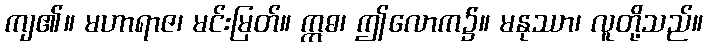
ကျ၏။ မဟာရာဇ၊ မင်းမြတ်။ ဣဓ၊ ဤလောက၌။ မနုဿာ၊ လူတို့သည်။